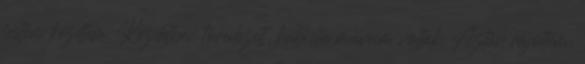
festeni kezdtem. Kezdetben töredezett, kubista műveim voltak. Aztán rájöttem,